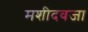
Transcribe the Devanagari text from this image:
मशीदवजा